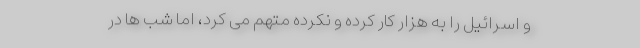
و اسرائیل را به هزار کار کرده و نکرده متهم می ‌کرد، اما شب ‌ها در